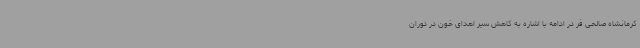
کرمانشاه صالحی فر در ادامه با اشاره به کاهش سیر اهدای خون در دوران